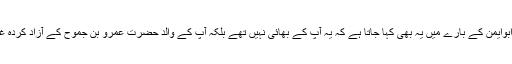
حضرت ابوایمن کے بارے میں یہ بھی کہا جاتا ہے کہ یہ آپ کے بھائی نہیں تھے بلکہ آپ کے والد حضرت عَمرو بن جَموح کے آزاد کردہ غلام تھے۔